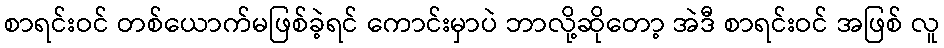
စာရင်းဝင် တစ်ယောက်မဖြစ်ခဲ့ရင် ကောင်းမှာပဲ ဘာလို့ဆိုတော့ အဲဒီ စာရင်းဝင် အဖြစ် လူ